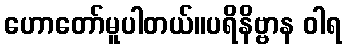
ဟောတော်မူပါတယ်။ပရိနိဗ္ဗာန ဝါရ